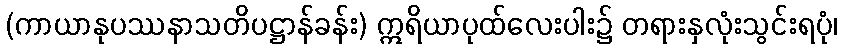
(ကာယာနုပဿနာသတိပဋ္ဌာန်ခန်း) ဣရိယာပုထ်လေးပါး၌ တရားနှလုံးသွင်းရပုံ၊